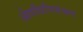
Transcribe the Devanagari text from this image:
ओषधिनियंत्रण